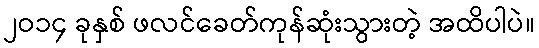
၂ဝ၁၄ ခုနှစ် ဖလင်ခေတ်ကုန်ဆုံးသွားတဲ့ အထိပါပဲ။